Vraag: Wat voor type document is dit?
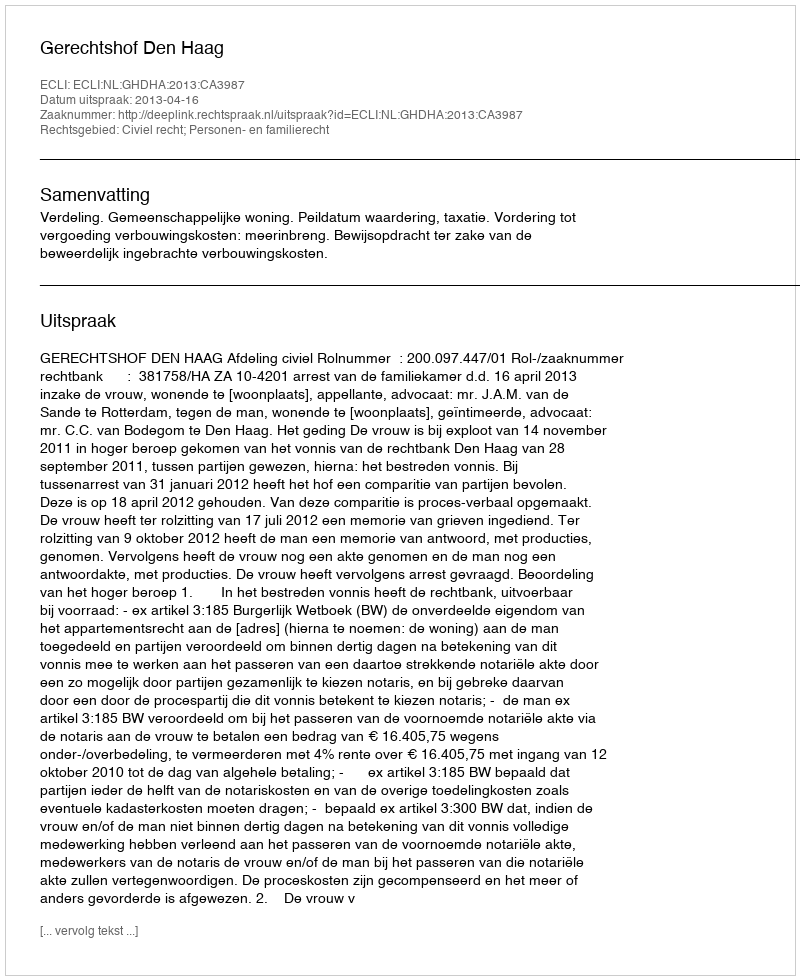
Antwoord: Uitspraak